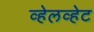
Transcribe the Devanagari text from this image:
व्हेलव्हेट